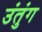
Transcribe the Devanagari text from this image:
उंतुंग